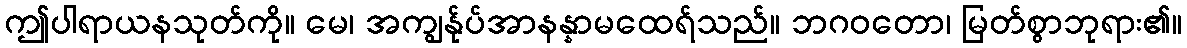
ဤပါရာယနသုတ်ကို။ မေ၊ အကျွန်ုပ်အာနန္နာမထေရ်သည်။ ဘဂဝတော၊ မြတ်စွာဘုရား၏။